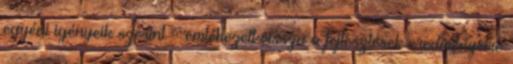
egyéni igényeik szerint – emlékezett vissza a fejlesztések eredményeire